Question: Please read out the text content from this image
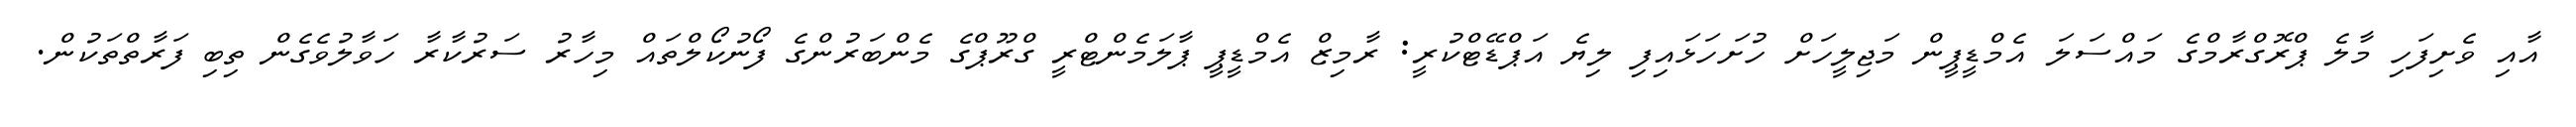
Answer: އާއި ވެށިފަހި މާލެ ޕްރޮގްރާމްގެ މައްސަލަ އެމްޑީޕީން މަޖިލީހަށް ހުށަހަޅައިފި ލިޔެ އަޕްޑޭޓްކުރީ: ރާމިޒް އެމްޑީޕީ ޕާލަމެންޓްރީ ގްރޫޕްގެ މެންބަރުންގެ ފޯނުކޯލްތައް މިހާރު ސަރުކާރާ ހަވާލުވެގެން ތިބި ފަރާތްތަކުން.